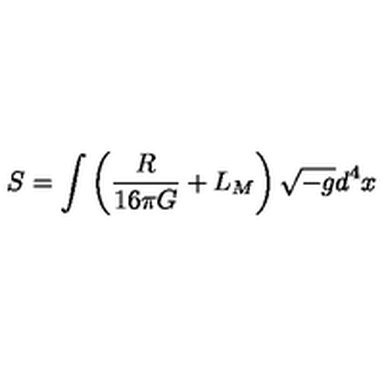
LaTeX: S = \int \left( \frac { R } { 1 6 \pi G } + L _ { M } \right) \sqrt { - g } d ^ { 4 } x \